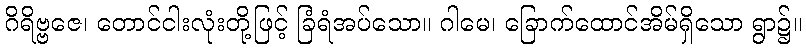
ဂိရိဗ္ဗဇေ၊ တောင်ငါးလုံးတို့ဖြင့် ခြံရံအပ်သော။ ဂါမေ၊ ခြောက်ထောင်အိမ်ရှိသော ရွာ၌။